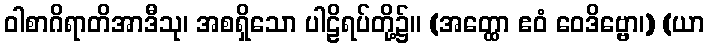
ဝါစာဂိရာတိအာဒီသု၊ အစရှိသော ပါဠိရပ်တို့၌။ (အတ္ထော ဧဝံ ဝေဒိဗ္ဗော၊) (ယာ